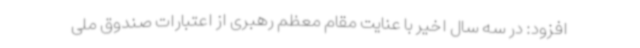
افزود: در سه سال اخیر با عنایت مقام معظم رهبری از اعتبارات صندوق ملی